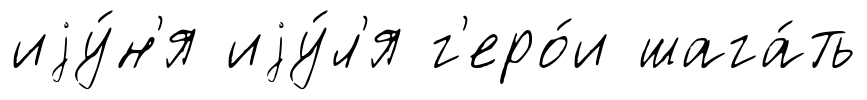
иjу́н'я иjу́л'я г'еро́и шага́ть